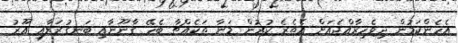
އެހެންކަމުން ދިވެހިރާއްޖެއަށް އެތެރެ ކުރުން މަނާ ތަކެއްޗާ ބެހޭ ގާނޫނާއި ބަނގުރަލާއި އޫރު